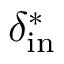
\delta _ { \mathrm { i n } } ^ { * }